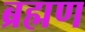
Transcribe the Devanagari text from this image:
ब्रह्मण